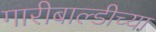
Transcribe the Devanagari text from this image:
गारीबाल्डीच्या